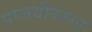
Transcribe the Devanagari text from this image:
पालवीवरून